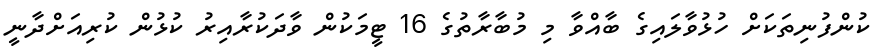
ކުންފުނިތަކަށް ހުޅުވާލައިގެ ބާއްވާ މި މުބާރާތުގެ 16 ޓީމަކުން ވާދަކުރާއިރު ކުޅުން ކުރިއަށްދާނީ